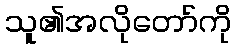
သူ၏အလိုတော်ကို